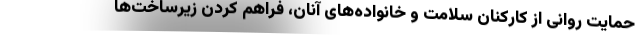
حمایت روانی از کارکنان سلامت و خانواده‌های آنان، فراهم کردن زیرساخت‌ها